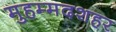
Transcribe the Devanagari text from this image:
मुहम्मदशहर